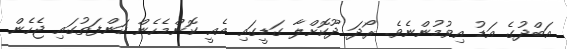
އަބްދުގެ އަޑު އިވުމުންނެވެ. ރޯދަ ދޫކޮށްލާ ގަޑީގައި އެއީ ކޮންމެހެން ކަންފަތުގައި ޖެހެން